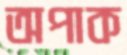
অপাক